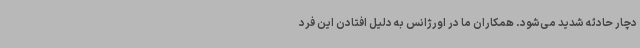
دچار حادثه شدید می‌شود. همکاران ما در اورژانس به دلیل افتادن این فرد